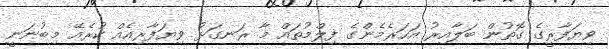
ވިޔަފާރީގެ ގޮތުން ބަލާއިރު އަހަރެމެންގެ ފިލްމުތައް މާ ރަނގަޅު ވިޔަފާރިއެއް ކުރެއޭ މިބުނަނީ